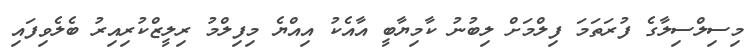
މިސިލްސިލާގެ ފުރަތަމަ ފިލްމަށް ލިބުނު ކާމިޔާބީ އާއެކު އިއްޔެ މިފިލްމު ރިލީޒްކުރިއިރު ބެލެވިފައި